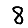
Digit: 8